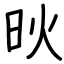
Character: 炚